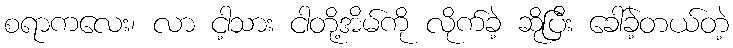
စရာကလေး၊ လာ ငါ့သား ငါတို့အိမ်ကို လိုက်ခဲ့ ဆိုပြီး ခေါ်ခဲ့တယ်တဲ့